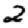
Digit: 2